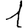
Digit: 1